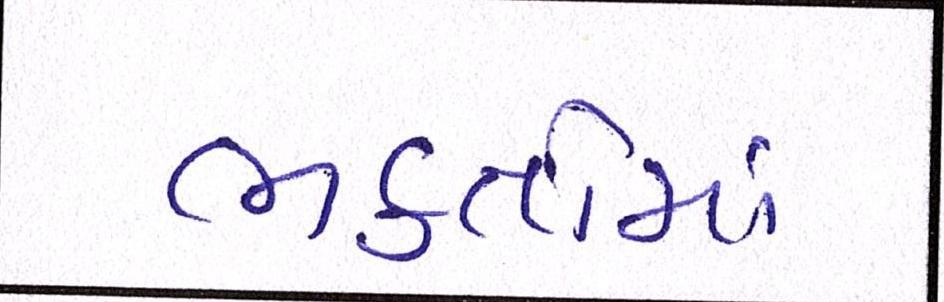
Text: ભકતોમાં